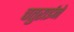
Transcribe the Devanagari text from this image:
चतुराईने